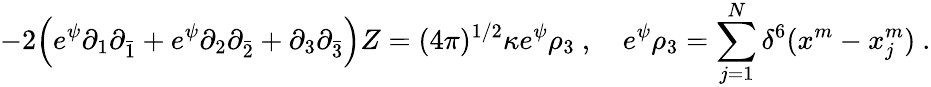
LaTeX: -2\Bigl(e^{\psi}\partial_{1}\partial_{\bar{1}}+e^{\psi}\partial_{2}\partial_{\bar{2}}+\partial_{3}\partial_{\bar{3}}\Bigr)Z=(4\pi)^{1/2}\kappa e^{\psi}\rho_{3}\ ,\quad e^{\psi}\rho_{3}=\sum_{j=1}^{N}\delta^{6}(x^{m}-x_{j}^{m})\ .